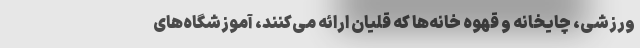
ورزشی، چایخانه و قهوه خانه‌ها که قلیان ارائه می‌کنند، آموزشگاه‌های